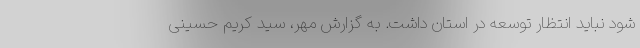
شود نباید انتظار توسعه در استان داشت. به گزارش مهر، سید کریم حسینی